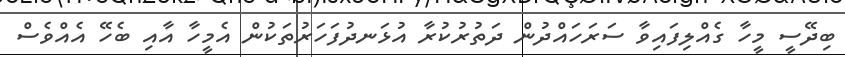
ބިދޭސީ މީހާ ގެއްލިފައިވާ ސަރަހައްދުން ދަތުރުކުރާ އުޅަނދުފަހަރުތަކުން އެމީހާ އާއި ބެހޭ އެއްވެސް